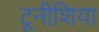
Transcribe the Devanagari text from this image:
टूनीशिया